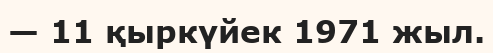
— 11 қыркүйек 1971 жыл.